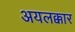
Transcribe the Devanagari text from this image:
अयलक्कार